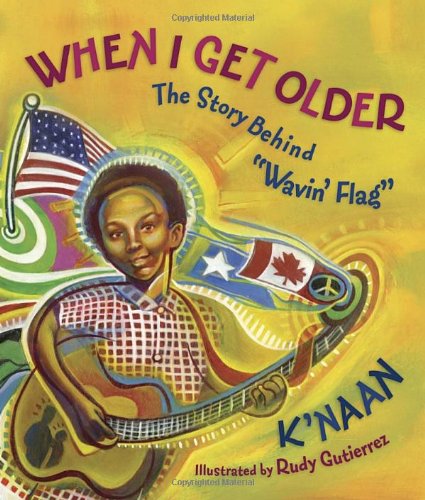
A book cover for When I Get Older: The Story behind "Wavin' Flag"; K'NAAN; Children's Books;